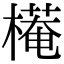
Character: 𣚖